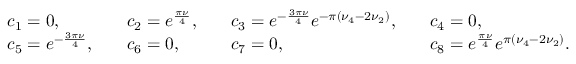
\begin{array} { r l r l r l r l } & { c _ { 1 } = 0 , } & & { c _ { 2 } = e ^ { \frac { \pi \nu } { 4 } } , } & & { c _ { 3 } = e ^ { - \frac { 3 \pi \nu } { 4 } } e ^ { - \pi ( \nu _ { 4 } - 2 \nu _ { 2 } ) } , } & & { c _ { 4 } = 0 , } \\ & { c _ { 5 } = e ^ { - \frac { 3 \pi \nu } { 4 } } , } & & { c _ { 6 } = 0 , } & & { c _ { 7 } = 0 , } & & { c _ { 8 } = e ^ { \frac { \pi \nu } { 4 } } e ^ { \pi ( \nu _ { 4 } - 2 \nu _ { 2 } ) } . } \end{array}